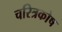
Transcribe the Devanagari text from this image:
चरित्रकोष